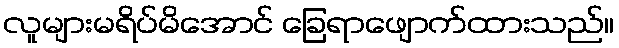
လူများမရိပ်မိအောင် ခြေရာဖျောက်ထားသည်။